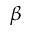
\beta